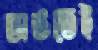
ভাঙতেই